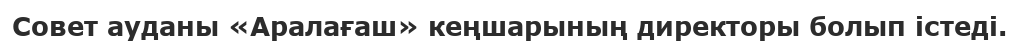
Совет ауданы «Аралағаш» кеңшарының директоры болып істеді.